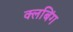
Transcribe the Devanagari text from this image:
क्लबिंग